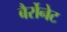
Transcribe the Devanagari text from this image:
बैर्रोनेट